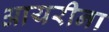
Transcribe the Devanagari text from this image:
आयरीना